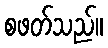
စဖတ်သည်။